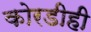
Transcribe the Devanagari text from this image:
कोरडीही